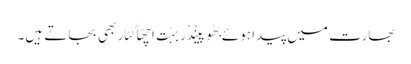
بھارت میں پیدا ہوئے بھُوپینْدْر بہُت اچھّا گِٹار بھی بجاتے ہَیں۔